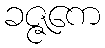
ခဇ္ဇကေ